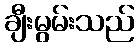
ချီးမွမ်းသည်